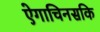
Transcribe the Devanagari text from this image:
ऐगाचिनसकि